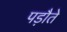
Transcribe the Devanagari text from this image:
पड़ौते